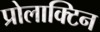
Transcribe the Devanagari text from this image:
प्रोलाक्टिन